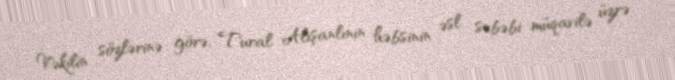
Vəkilin sözlərinə görə, Tural Alışanlının həbsinin əsl səbəbi müqavilə üzrə